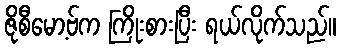
ဇိုစီမော့ဗ်က ကြိုးစားပြီး ရယ်လိုက်သည်။